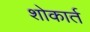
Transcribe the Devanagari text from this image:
शोकार्त